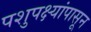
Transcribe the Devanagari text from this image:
पशुपक्ष्यांपासून